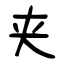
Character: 夹